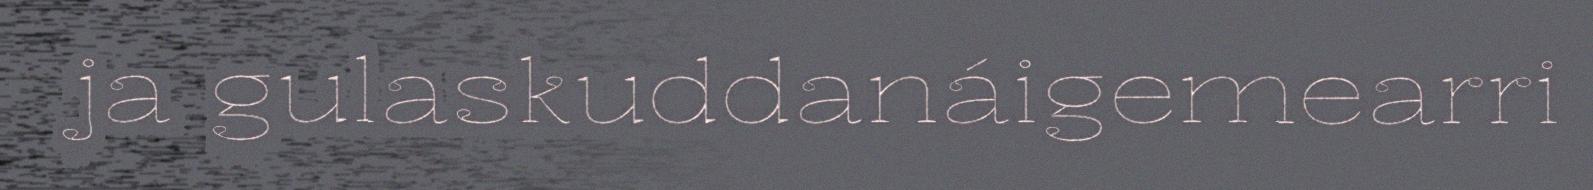
ja gulaskuddanáigemearri